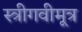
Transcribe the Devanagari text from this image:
स्त्रीगवीमूत्र